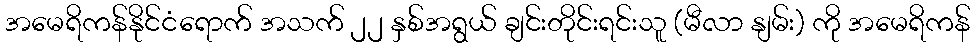
အမေရိကန်နိုင်ငံရောက် အသက် ၂၂ နှစ်အရွယ် ချင်းတိုင်းရင်းသူ (မီလာ နျမ်း) ကို အမေရိကန်